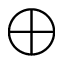
\bigoplus